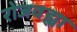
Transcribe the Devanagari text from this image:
रोजवह्या